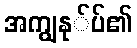
အကျွနု်ပ်၏